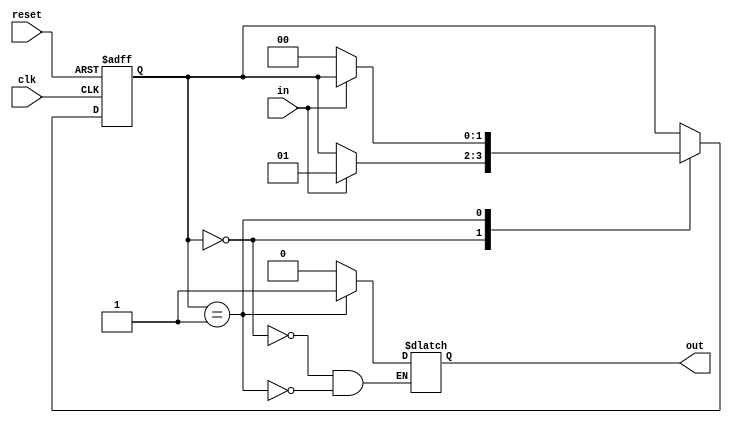
module fsm (
    input clk,
    input reset,
    input in,
    output reg out
);

// State encoding
parameter stateA = 2'b00;
parameter stateB = 2'b01;

// State register
reg [1:0] state;
always @(posedge clk or posedge reset) begin
    if (reset) begin
        state <= stateA;
    end else begin
        case(state)
            stateA: begin
                if (in) begin
                    state <= stateB;
                end
            end
            stateB: begin
                if (!in) begin
                    state <= stateA;
                end
            end
        endcase
    end
end

// Output generation
always @(state, in) begin
    case(state)
        stateA: begin
            out = 1'b0;
        end
        stateB: begin
            out = 1'b1;
        end
    endcase
end

endmodule